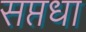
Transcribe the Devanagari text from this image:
सप्तधा